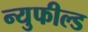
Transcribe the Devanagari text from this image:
न्युफील्ड